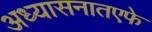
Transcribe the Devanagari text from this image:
अध्यासनातएफे